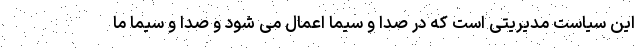
این سیاست مدیریتی است که در صدا و سیما اعمال می شود و صدا و سیما ما